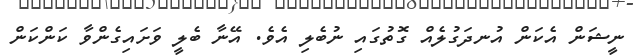
ނީޝަން އެކަން އުނދަގުލެއް ގޮތުގައި ނުބެލި އެވެ. އޭނާ ބެލީ ވަށައިގެންވާ ކަންކަން